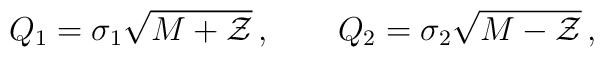
Q_1=\sigma_1\sqrt{M+{\cal Z}}\,,\qquad Q_2=\sigma_2\sqrt{M-{\cal Z}}\,,